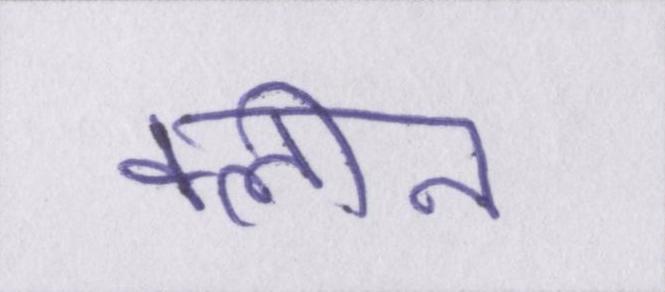
क्लीन